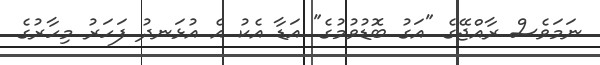
ނަމަވެސް ރާއްޖޭގެ "އަގު ބޮޑުވުމުގެ" އަޑާ އެކު އެ އުޅަނދު ފަހަރު މިހާރުގެ